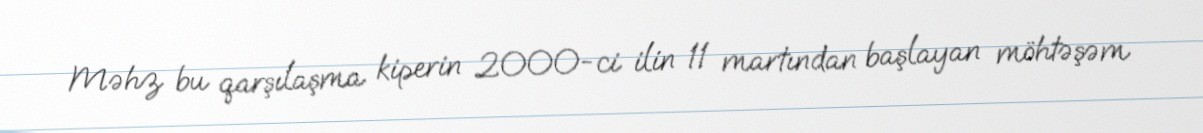
Məhz bu qarşılaşma kiperin 2000-ci ilin 11 martından başlayan möhtəşəm